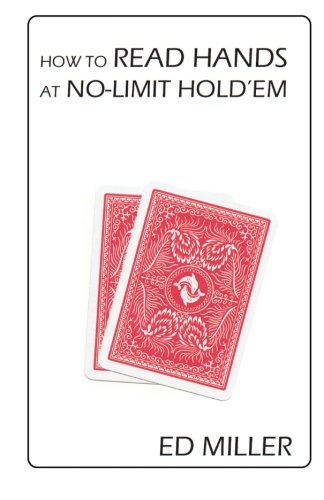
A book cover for How To Read Hands At No-Limit Hold'em; Ed Miller; Humor & Entertainment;